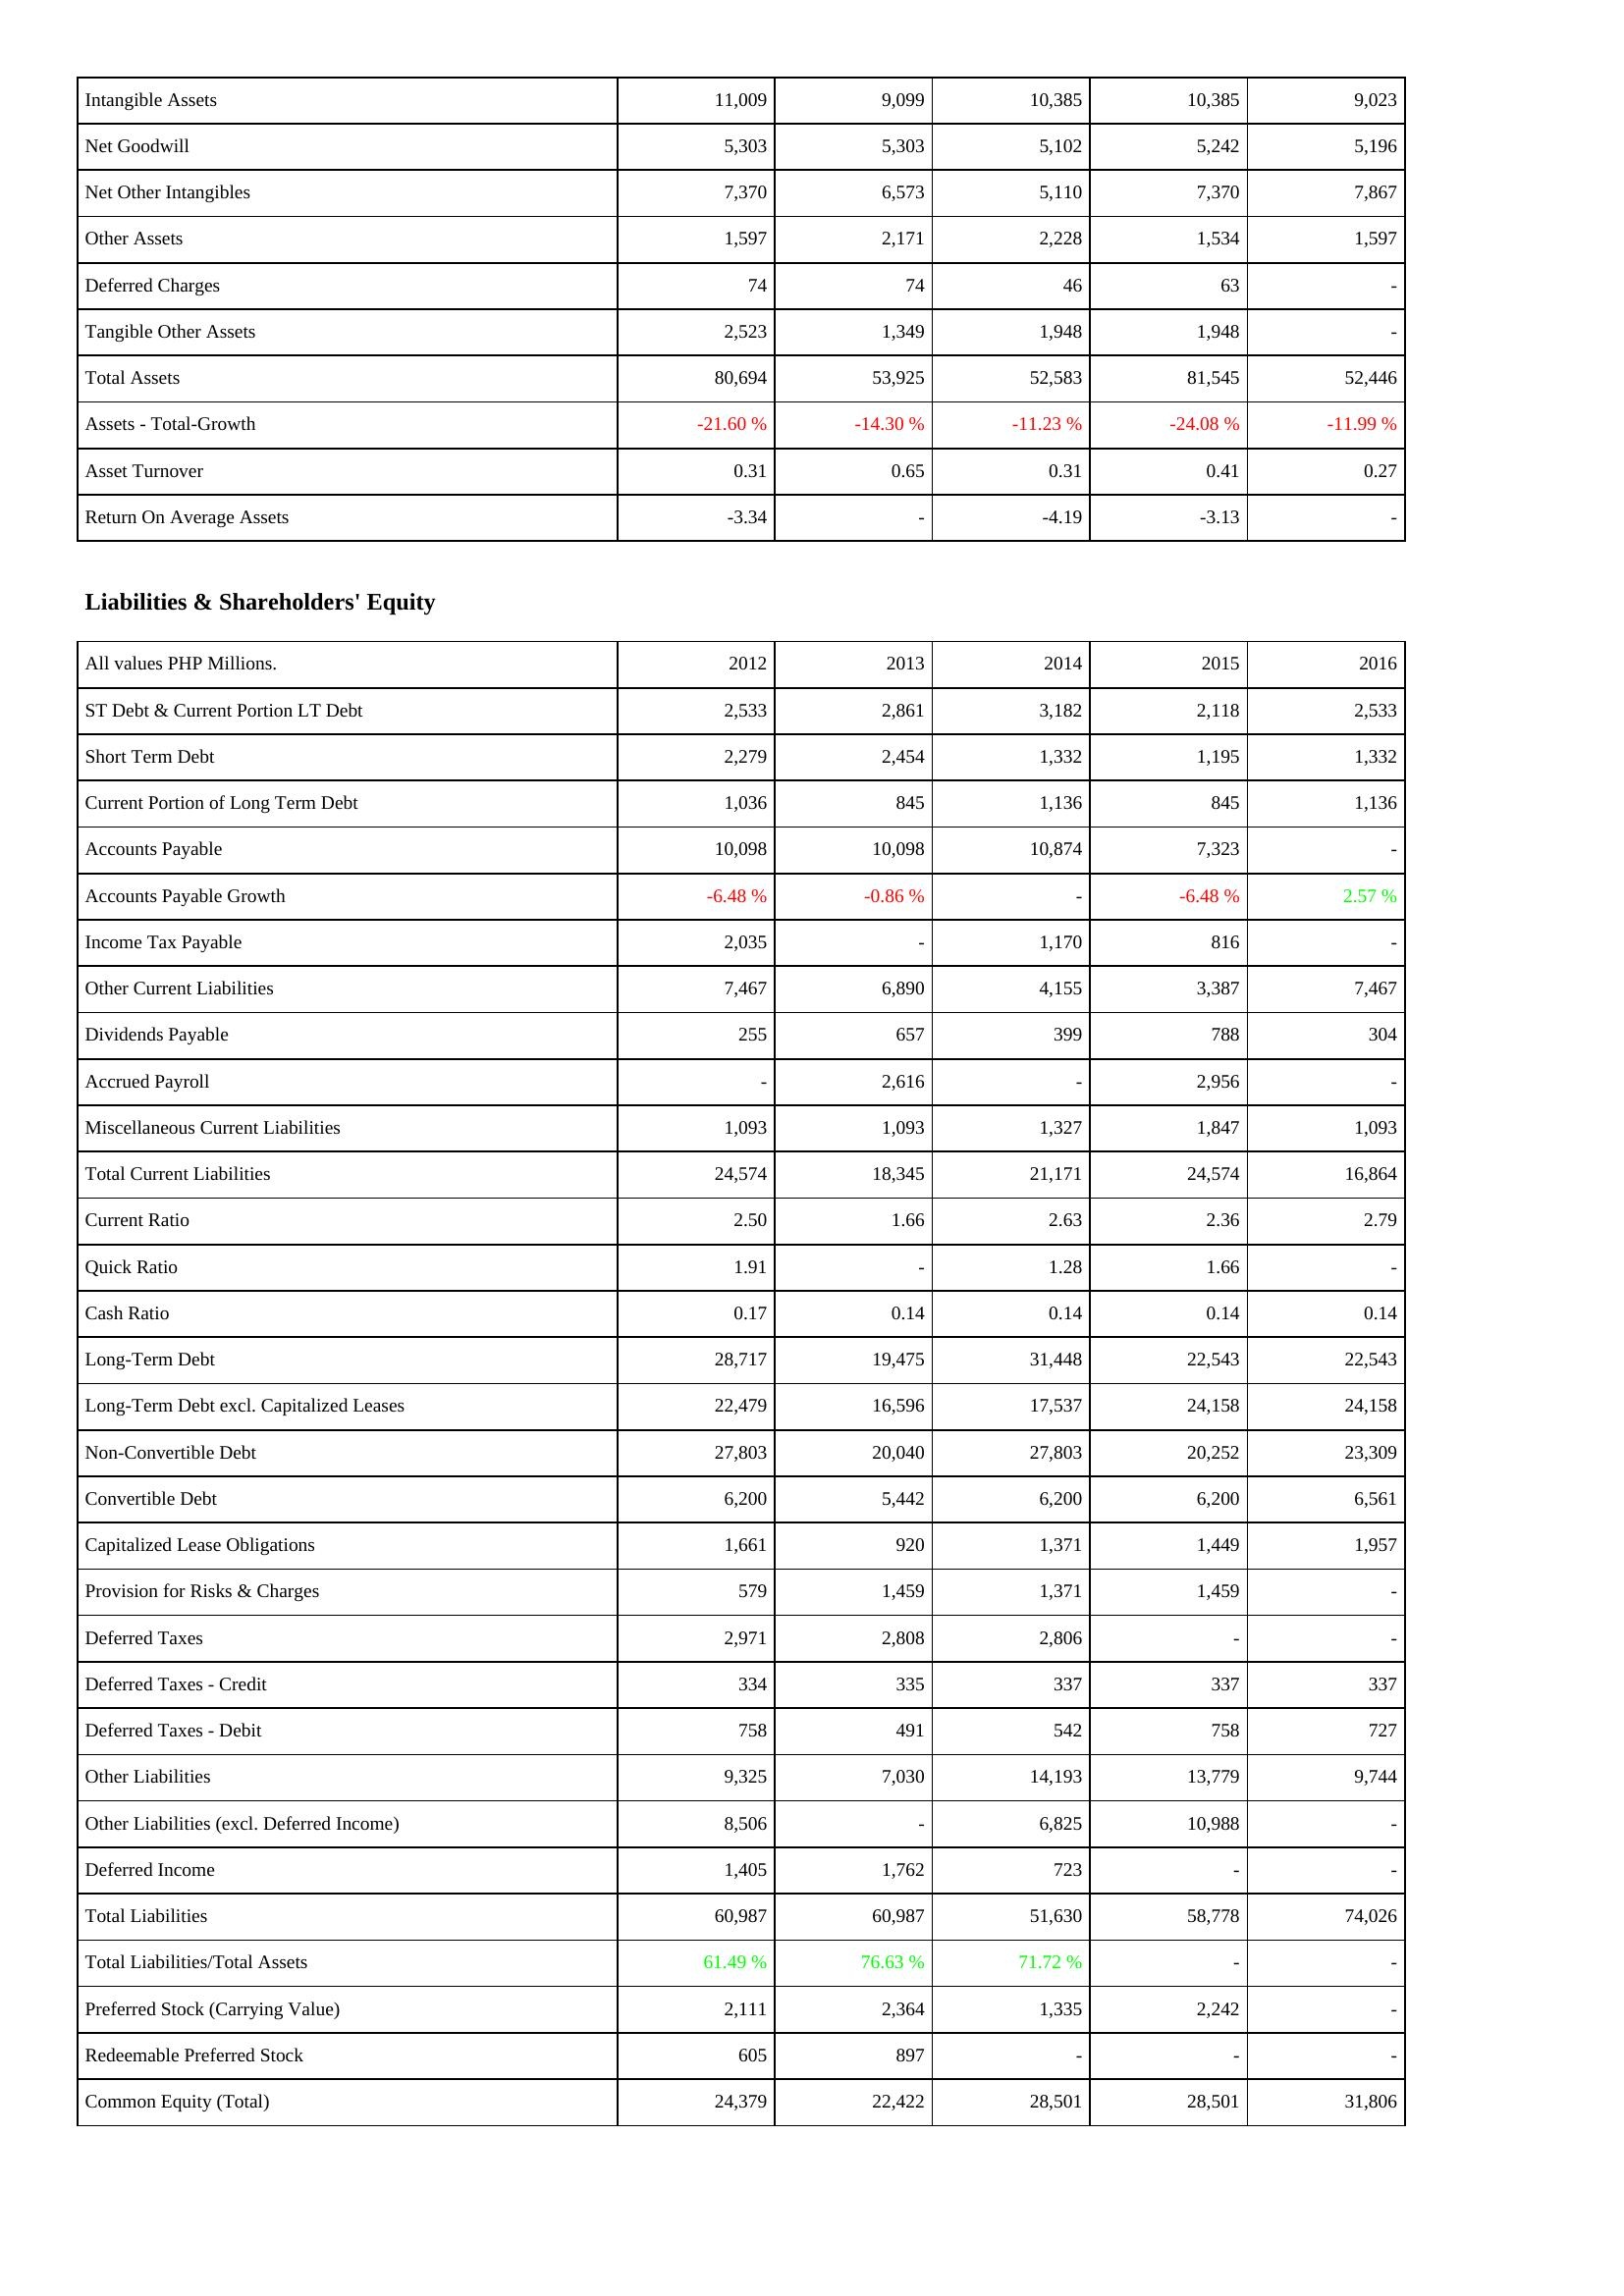
2012: Assets: Intangible Assets: 11,009
Net Goodwill: 5,303
Net Other Intangibles: 7,370
Other Assets: 1,597
Deferred Charges: 74
Tangible Other Assets: 2,523
Total Assets: 80,694
Assets - Total-Growth: -21.60 %
Asset Turnover: 0.31
Return On Average Assets: -3.34
Liabilities & Shareholders' Equity: ST Debt & Current Portion LT Debt: 2,533
Short Term Debt: 2,279
Current Portion of Long Term Debt: 1,036
Accounts Payable: 10,098
Accounts Payable Growth: -6.48 %
Income Tax Payable: 2,035
Other Current Liabilities: 7,467
Dividends Payable: 255
Accrued Payroll: -
Miscellaneous Current Liabilities: 1,093
Total Current Liabilities: 24,574
Current Ratio: 2.50
Quick Ratio: 1.91
Cash Ratio: 0.17
Long-Term Debt: 28,717
Long-Term Debt excl. Capitalized Leases: 22,479
Non-Convertible Debt: 27,803
Convertible Debt: 6,200
Capitalized Lease Obligations: 1,661
Provision for Risks & Charges: 579
Deferred Taxes: 2,971
Deferred Taxes - Credit: 334
Deferred Taxes - Debit: 758
Other Liabilities: 9,325
Other Liabilities (excl. Deferred Income): 8,506
Deferred Income: 1,405
Total Liabilities: 60,987
Total Liabilities/Total Assets: 61.49 %
Preferred Stock (Carrying Value): 2,111
Redeemable Preferred Stock: 605
Common Equity (Total): 24,379
2013: Assets: Intangible Assets: 9,099
Net Goodwill: 5,303
Net Other Intangibles: 6,573
Other Assets: 2,171
Deferred Charges: 74
Tangible Other Assets: 1,349
Total Assets: 53,925
Assets - Total-Growth: -14.30 %
Asset Turnover: 0.65
Return On Average Assets: -
Liabilities & Shareholders' Equity: ST Debt & Current Portion LT Debt: 2,861
Short Term Debt: 2,454
Current Portion of Long Term Debt: 845
Accounts Payable: 10,098
Accounts Payable Growth: -0.86 %
Income Tax Payable: -
Other Current Liabilities: 6,890
Dividends Payable: 657
Accrued Payroll: 2,616
Miscellaneous Current Liabilities: 1,093
Total Current Liabilities: 18,345
Current Ratio: 1.66
Quick Ratio: -
Cash Ratio: 0.14
Long-Term Debt: 19,475
Long-Term Debt excl. Capitalized Leases: 16,596
Non-Convertible Debt: 20,040
Convertible Debt: 5,442
Capitalized Lease Obligations: 920
Provision for Risks & Charges: 1,459
Deferred Taxes: 2,808
Deferred Taxes - Credit: 335
Deferred Taxes - Debit: 491
Other Liabilities: 7,030
Other Liabilities (excl. Deferred Income): -
Deferred Income: 1,762
Total Liabilities: 60,987
Total Liabilities/Total Assets: 76.63 %
Preferred Stock (Carrying Value): 2,364
Redeemable Preferred Stock: 897
Common Equity (Total): 22,422
2014: Assets: Intangible Assets: 10,385
Net Goodwill: 5,102
Net Other Intangibles: 5,110
Other Assets: 2,228
Deferred Charges: 46
Tangible Other Assets: 1,948
Total Assets: 52,583
Assets - Total-Growth: -11.23 %
Asset Turnover: 0.31
Return On Average Assets: -4.19
Liabilities & Shareholders' Equity: ST Debt & Current Portion LT Debt: 3,182
Short Term Debt: 1,332
Current Portion of Long Term Debt: 1,136
Accounts Payable: 10,874
Accounts Payable Growth: -
Income Tax Payable: 1,170
Other Current Liabilities: 4,155
Dividends Payable: 399
Accrued Payroll: -
Miscellaneous Current Liabilities: 1,327
Total Current Liabilities: 21,171
Current Ratio: 2.63
Quick Ratio: 1.28
Cash Ratio: 0.14
Long-Term Debt: 31,448
Long-Term Debt excl. Capitalized Leases: 17,537
Non-Convertible Debt: 27,803
Convertible Debt: 6,200
Capitalized Lease Obligations: 1,371
Provision for Risks & Charges: 1,371
Deferred Taxes: 2,806
Deferred Taxes - Credit: 337
Deferred Taxes - Debit: 542
Other Liabilities: 14,193
Other Liabilities (excl. Deferred Income): 6,825
Deferred Income: 723
Total Liabilities: 51,630
Total Liabilities/Total Assets: 71.72 %
Preferred Stock (Carrying Value): 1,335
Redeemable Preferred Stock: -
Common Equity (Total): 28,501
2015: Assets: Intangible Assets: 10,385
Net Goodwill: 5,242
Net Other Intangibles: 7,370
Other Assets: 1,534
Deferred Charges: 63
Tangible Other Assets: 1,948
Total Assets: 81,545
Assets - Total-Growth: -24.08 %
Asset Turnover: 0.41
Return On Average Assets: -3.13
Liabilities & Shareholders' Equity: ST Debt & Current Portion LT Debt: 2,118
Short Term Debt: 1,195
Current Portion of Long Term Debt: 845
Accounts Payable: 7,323
Accounts Payable Growth: -6.48 %
Income Tax Payable: 816
Other Current Liabilities: 3,387
Dividends Payable: 788
Accrued Payroll: 2,956
Miscellaneous Current Liabilities: 1,847
Total Current Liabilities: 24,574
Current Ratio: 2.36
Quick Ratio: 1.66
Cash Ratio: 0.14
Long-Term Debt: 22,543
Long-Term Debt excl. Capitalized Leases: 24,158
Non-Convertible Debt: 20,252
Convertible Debt: 6,200
Capitalized Lease Obligations: 1,449
Provision for Risks & Charges: 1,459
Deferred Taxes: -
Deferred Taxes - Credit: 337
Deferred Taxes - Debit: 758
Other Liabilities: 13,779
Other Liabilities (excl. Deferred Income): 10,988
Deferred Income: -
Total Liabilities: 58,778
Total Liabilities/Total Assets: -
Preferred Stock (Carrying Value): 2,242
Redeemable Preferred Stock: -
Common Equity (Total): 28,501
2016: Assets: Intangible Assets: 9,023
Net Goodwill: 5,196
Net Other Intangibles: 7,867
Other Assets: 1,597
Deferred Charges: -
Tangible Other Assets: -
Total Assets: 52,446
Assets - Total-Growth: -11.99 %
Asset Turnover: 0.27
Return On Average Assets: -
Liabilities & Shareholders' Equity: ST Debt & Current Portion LT Debt: 2,533
Short Term Debt: 1,332
Current Portion of Long Term Debt: 1,136
Accounts Payable: -
Accounts Payable Growth: 2.57 %
Income Tax Payable: -
Other Current Liabilities: 7,467
Dividends Payable: 304
Accrued Payroll: -
Miscellaneous Current Liabilities: 1,093
Total Current Liabilities: 16,864
Current Ratio: 2.79
Quick Ratio: -
Cash Ratio: 0.14
Long-Term Debt: 22,543
Long-Term Debt excl. Capitalized Leases: 24,158
Non-Convertible Debt: 23,309
Convertible Debt: 6,561
Capitalized Lease Obligations: 1,957
Provision for Risks & Charges: -
Deferred Taxes: -
Deferred Taxes - Credit: 337
Deferred Taxes - Debit: 727
Other Liabilities: 9,744
Other Liabilities (excl. Deferred Income): -
Deferred Income: -
Total Liabilities: 74,026
Total Liabilities/Total Assets: -
Preferred Stock (Carrying Value): -
Redeemable Preferred Stock: -
Common Equity (Total): 31,806